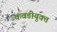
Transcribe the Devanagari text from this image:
कवडीयुक्‍त